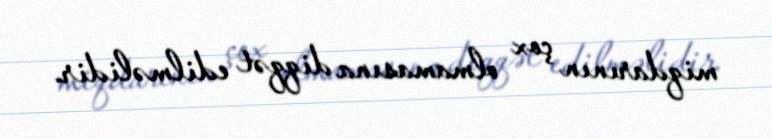
miqdarının çox olmamasına diqqət edilməlidir.